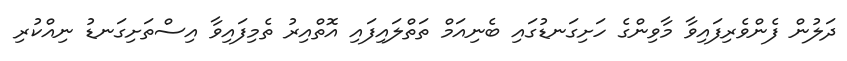
ދަލުން ފެންވެރިފައިވާ މާވިންގެ ހަށިގަނޑުގައި ބެނިއަމް ތަތްލައިފައި އޮތްއިރު ތެމިފައިވާ އިސްތަށިގަނޑު ނިއްކުރި